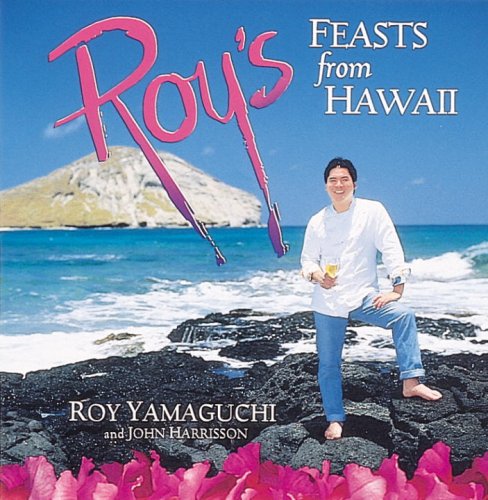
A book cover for Roy's Feasts from Hawaii; Roy Yamaguchi; Cookbooks, Food & Wine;